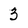
Character: 3